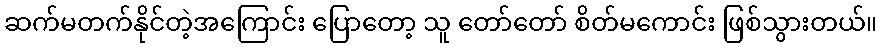
ဆက်မတက်နိုင်တဲ့အကြောင်း ပြောတော့ သူ တော်တော် စိတ်မကောင်း ဖြစ်သွားတယ်။